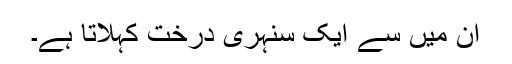
ان میں سے ایک سنہری درخت کہلاتا ہے۔